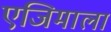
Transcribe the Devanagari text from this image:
एजिमाला